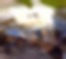
ঘ